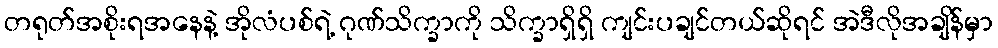
တရုတ်အစိုးရအနေနဲ့ အိုလံပစ်ရဲ့ ဂုဏ်သိက္ခာကို သိက္ခာရှိရှိ ကျင်းပချင်တယ်ဆိုရင် အဲဒီလိုအချိန်မှာ